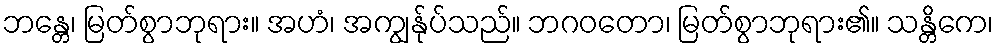
ဘန္တေ၊ မြတ်စွာဘုရား။ အဟံ၊ အကျွန်ုပ်သည်။ ဘဂဝတော၊ မြတ်စွာဘုရား၏။ သန္တိကေ၊